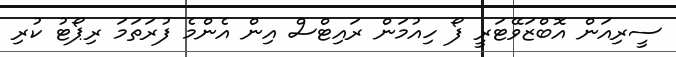
ސީރިއަން އޮބްޒަވޭޓަރީ ފޯ ހިއުމަން ރައިޓްސް އިން އެންމެ ފުރަތަމަ ރިޕޯޓު ކުރި